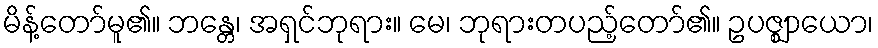
မိန့်တော်မူ၏။ ဘန္တေ၊ အရှင်ဘုရား။ မေ၊ ဘုရားတပည့်တော်၏။ ဥပဇ္ဈာယော၊